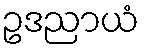
ဥဒညာယံ